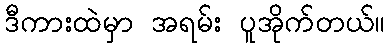
ဒီကားထဲမှာ အရမ်း ပူအိုက်တယ်။